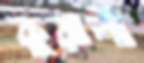
কুরালী